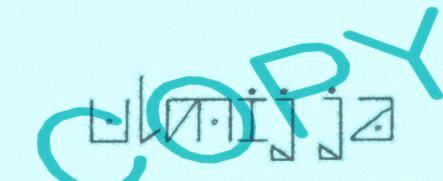
ulmij ja